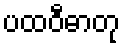
ပထဝီဓာတု